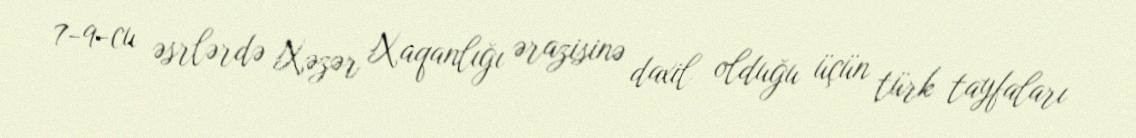
7-9-cu əsrlərdə Xəzər Xaqanlığı ərazisinə daxil olduğu üçün türk tayfaları